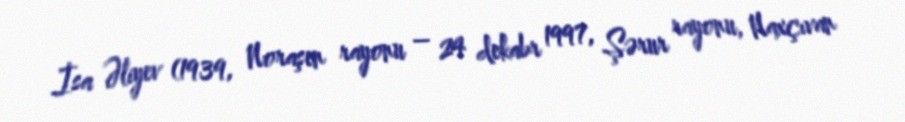
İsa Əliyev (1939, Noraşen rayonu – 24 dekabr 1997, Şərur rayonu, Naxçıvan